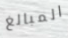
المبالغ